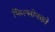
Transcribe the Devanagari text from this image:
फिल्मोनको